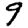
Digit: 9